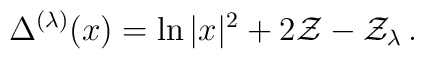
\Delta^{(\lambda)}(x) =   \ln|x|^2 + 2\mathcal{Z} - \mathcal{Z}_\lambda \,.